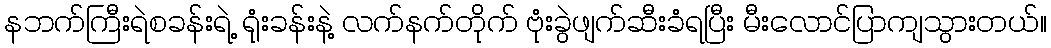
နဘက်ကြီးရဲစခန်းရဲ့ ရုံးခန်းနဲ့ လက်နက်တိုက် ဗုံးခွဲဖျက်ဆီးခံရပြီး မီးလောင်ပြာကျသွားတယ်။